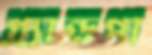
গ্র্যান্ডপা